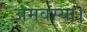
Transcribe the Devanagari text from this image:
अमवस्या।